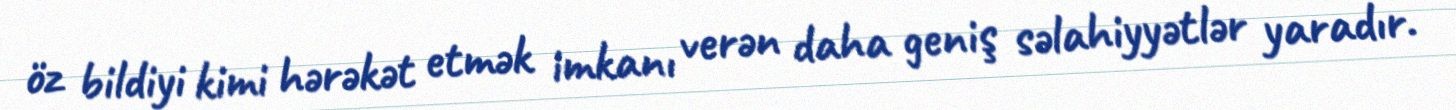
öz bildiyi kimi hərəkət etmək imkanı verən daha geniş səlahiyyətlər yaradır.